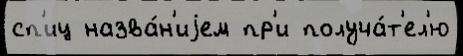
сп'иц назва́н'иjем пр'и получа́т'ел'ю